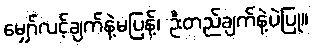
မျှော်လင့်ချက်နဲ့မပြန့်၊ ဦးတည်ချက်နဲ့ပဲပြု။